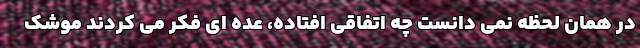
در همان لحظه نمی دانست چه اتفاقی افتاده، عده ای فکر می کردند موشک